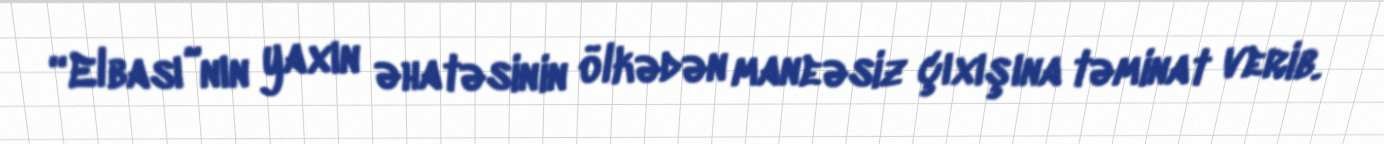
“Elbası”nın yaxın əhatəsinin ölkədən maneəsiz çıxışına təminat verib.